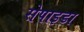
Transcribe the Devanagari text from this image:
सेपाइडा